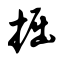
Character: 掘